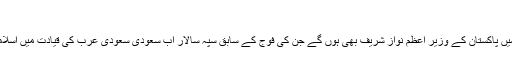
'
عرب اسلامک امیریکن اجلاس میں پاکستان کے وزیرِ اعظم نواز شریف بھی ہوں گے جن کی فوج کے سابق سپہ سالار اب سعودی سعودی عرب کی قیادت میں اسلامی فوج کے سپہ سالار بھی ہیں۔